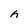
Character: h